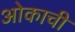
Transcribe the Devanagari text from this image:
ओकाची